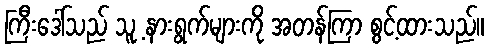
ကြီးဒေါ်သည် သူ့ နားရွက်များကို အတန်ကြာ စွင့်ထားသည်။